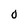
Character: O